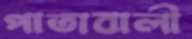
পাতাবালী